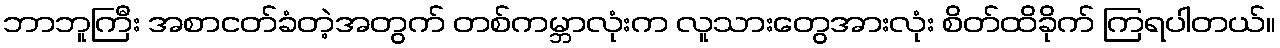
ဘာဘူကြီး အစာငတ်ခံတဲ့အတွက် တစ်ကမ္ဘာလုံးက လူသားတွေအားလုံး စိတ်ထိခိုက် ကြရပါတယ်။